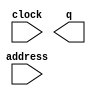
// megafunction wizard: %ROM: 1-PORT%VBB%
// GENERATION: STANDARD
// VERSION: WM1.0
// MODULE: altsyncram 

// ============================================================
// Megafunction Name(s):
// 			altsyncram
//
// Simulation Library Files(s):
// 			altera_mf
// ============================================================
// ************************************************************
// THIS IS A WIZARD-GENERATED FILE. DO NOT EDIT THIS FILE!
//
// 9.1 Build 350 03/24/2010 SP 2 SJ Full Version
// ************************************************************

//Copyright (C) 1991-2010 Altera Corporation
//Your use of Altera Corporation's design tools, logic functions 
//and other software and tools, and its AMPP partner logic 
//functions, and any output files from any of the foregoing 
//(including device programming or simulation files), and any 
//associated documentation or information are expressly subject 
//to the terms and conditions of the Altera Program License 
//Subscription Agreement, Altera MegaCore Function License 
//Agreement, or other applicable license agreement, including, 
//without limitation, that your use is for the sole purpose of 
//programming logic devices manufactured by Altera and sold by 
//Altera or its authorized distributors.  Please refer to the 
//applicable agreement for further details.

module rom4 (
	address,
	clock,
	q);

	input	[4:0]  address;
	input	  clock;
	output	[287:0]  q;
`ifndef ALTERA_RESERVED_QIS
// synopsys translate_off
`endif
	tri1	  clock;
`ifndef ALTERA_RESERVED_QIS
// synopsys translate_on
`endif

endmodule

// ============================================================
// CNX file retrieval info
// ============================================================
// Retrieval info: PRIVATE: ADDRESSSTALL_A NUMERIC "0"
// Retrieval info: PRIVATE: AclrAddr NUMERIC "0"
// Retrieval info: PRIVATE: AclrByte NUMERIC "0"
// Retrieval info: PRIVATE: AclrOutput NUMERIC "0"
// Retrieval info: PRIVATE: BYTE_ENABLE NUMERIC "0"
// Retrieval info: PRIVATE: BYTE_SIZE NUMERIC "8"
// Retrieval info: PRIVATE: BlankMemory NUMERIC "0"
// Retrieval info: PRIVATE: CLOCK_ENABLE_INPUT_A NUMERIC "0"
// Retrieval info: PRIVATE: CLOCK_ENABLE_OUTPUT_A NUMERIC "0"
// Retrieval info: PRIVATE: Clken NUMERIC "0"
// Retrieval info: PRIVATE: IMPLEMENT_IN_LES NUMERIC "0"
// Retrieval info: PRIVATE: INIT_FILE_LAYOUT STRING "PORT_A"
// Retrieval info: PRIVATE: INIT_TO_SIM_X NUMERIC "0"
// Retrieval info: PRIVATE: INTENDED_DEVICE_FAMILY STRING "Cyclone II"
// Retrieval info: PRIVATE: JTAG_ENABLED NUMERIC "0"
// Retrieval info: PRIVATE: JTAG_ID STRING "NONE"
// Retrieval info: PRIVATE: MAXIMUM_DEPTH NUMERIC "0"
// Retrieval info: PRIVATE: MIFfilename STRING "div.mif"
// Retrieval info: PRIVATE: NUMWORDS_A NUMERIC "32"
// Retrieval info: PRIVATE: RAM_BLOCK_TYPE NUMERIC "0"
// Retrieval info: PRIVATE: RegAddr NUMERIC "1"
// Retrieval info: PRIVATE: RegOutput NUMERIC "1"
// Retrieval info: PRIVATE: SYNTH_WRAPPER_GEN_POSTFIX STRING "0"
// Retrieval info: PRIVATE: SingleClock NUMERIC "1"
// Retrieval info: PRIVATE: UseDQRAM NUMERIC "0"
// Retrieval info: PRIVATE: WidthAddr NUMERIC "5"
// Retrieval info: PRIVATE: WidthData NUMERIC "288"
// Retrieval info: PRIVATE: rden NUMERIC "0"
// Retrieval info: CONSTANT: CLOCK_ENABLE_INPUT_A STRING "BYPASS"
// Retrieval info: CONSTANT: CLOCK_ENABLE_OUTPUT_A STRING "BYPASS"
// Retrieval info: CONSTANT: INIT_FILE STRING "div.mif"
// Retrieval info: CONSTANT: INTENDED_DEVICE_FAMILY STRING "Cyclone II"
// Retrieval info: CONSTANT: LPM_HINT STRING "ENABLE_RUNTIME_MOD=NO"
// Retrieval info: CONSTANT: LPM_TYPE STRING "altsyncram"
// Retrieval info: CONSTANT: NUMWORDS_A NUMERIC "32"
// Retrieval info: CONSTANT: OPERATION_MODE STRING "ROM"
// Retrieval info: CONSTANT: OUTDATA_ACLR_A STRING "NONE"
// Retrieval info: CONSTANT: OUTDATA_REG_A STRING "CLOCK0"
// Retrieval info: CONSTANT: WIDTHAD_A NUMERIC "5"
// Retrieval info: CONSTANT: WIDTH_A NUMERIC "288"
// Retrieval info: CONSTANT: WIDTH_BYTEENA_A NUMERIC "1"
// Retrieval info: USED_PORT: address 0 0 5 0 INPUT NODEFVAL address[4..0]
// Retrieval info: USED_PORT: clock 0 0 0 0 INPUT VCC clock
// Retrieval info: USED_PORT: q 0 0 288 0 OUTPUT NODEFVAL q[287..0]
// Retrieval info: CONNECT: @address_a 0 0 5 0 address 0 0 5 0
// Retrieval info: CONNECT: q 0 0 288 0 @q_a 0 0 288 0
// Retrieval info: CONNECT: @clock0 0 0 0 0 clock 0 0 0 0
// Retrieval info: LIBRARY: altera_mf altera_mf.altera_mf_components.all
// Retrieval info: GEN_FILE: TYPE_NORMAL rom4.v TRUE
// Retrieval info: GEN_FILE: TYPE_NORMAL rom4.inc TRUE
// Retrieval info: GEN_FILE: TYPE_NORMAL rom4.cmp TRUE
// Retrieval info: GEN_FILE: TYPE_NORMAL rom4.bsf TRUE
// Retrieval info: GEN_FILE: TYPE_NORMAL rom4_inst.v TRUE
// Retrieval info: GEN_FILE: TYPE_NORMAL rom4_bb.v TRUE
// Retrieval info: GEN_FILE: TYPE_NORMAL rom4_waveforms.html TRUE
// Retrieval info: GEN_FILE: TYPE_NORMAL rom4_wave*.jpg FALSE
// Retrieval info: LIB_FILE: altera_mf